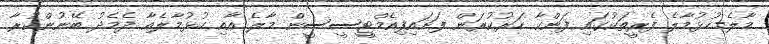
މާލެ-ހުޅުމާލެ ފެރީތަކުގައި ފަންކާ ހަރުކުރަން ފަށައިފިއެމްޓީސީސީން މާލެ އާއި ހުޅުމާލެއާ ދެމެދު ބޭނުންކުރާ